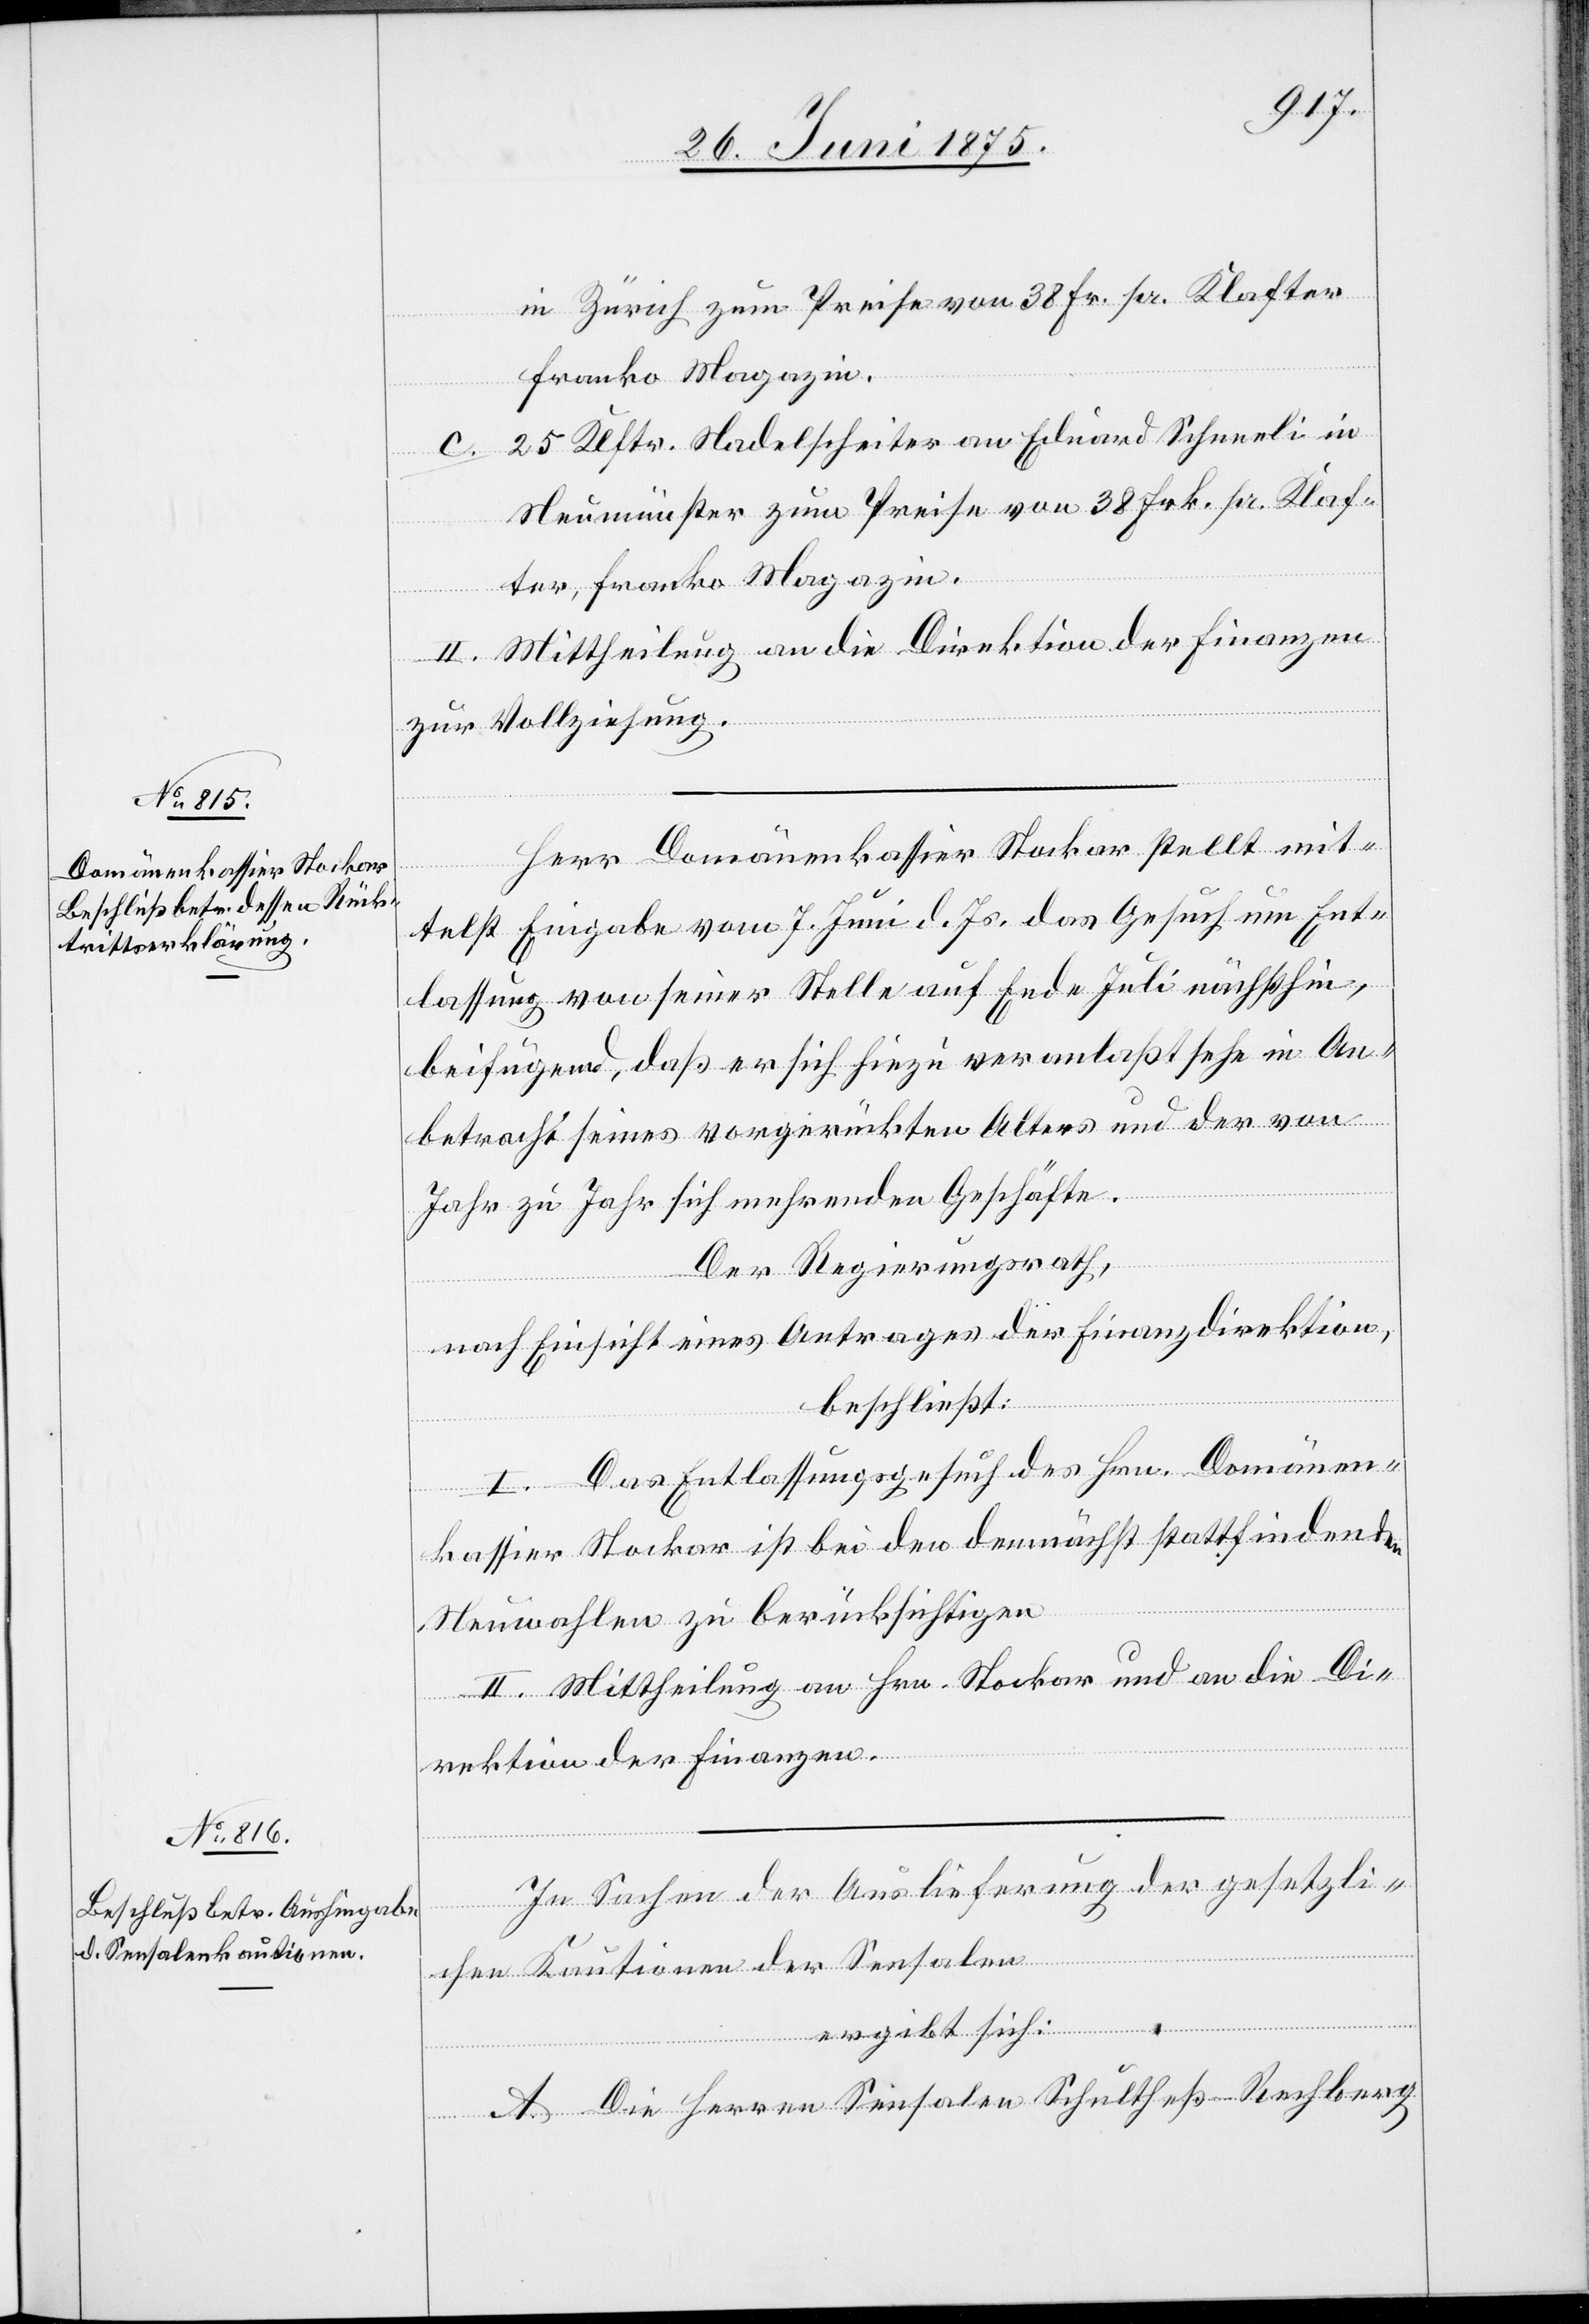
in Zürich zum Preise von 38 Fr. pr. Klafter
franko Magazin.
c. 25. Klftr. Nadelscheiter an Eduard Schneeli in
Neumünster zum Preise von 38 Frk. pr. Klaf¬
ter, franko Magazin.
II. Mittheilung an die Direktion der Finanzen
zur Vollziehung.
Herr Domänenkassier Stockar stellt mit¬
telst Eingabe vom 7. Juni d. Js. das Gesuch um Ent¬
lassung von seiner Stelle auf Ende Juli nächsthin,
beifügend, daß er sich hiezu veranlaßt sehe in An¬
betracht seines vorgerückten Alters und der von
Jahr zu Jahr sich mehrenden Geschäfte.
Der Regierungsrath,
nach Einsicht eines Antrages der Finanzdirektion,
beschließt:
I. Das Entlassungsgesuch des Hrn. Domänen¬
kassier Stockar ist bei den demnächst stattfindenden
Neuwahlen zu berücksichtigen.
II. Mittheilung an Hrn. Stockar und an die Di¬
rektion der Finanzen.
In Sachen der Auslieferung der gesetzli¬
chen Kautionen der Sensalen
ergibt sich:
A. Die Herren Sensalen Schultheß-Rechberg